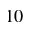
1 0